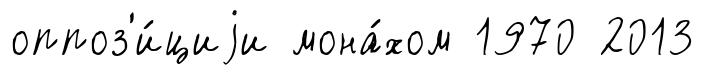
оппоз'и́циjи мона́хом 1970 2013